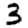
Digit: 3